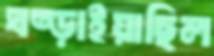
ঘষ্‌ড়াইয়াছিল